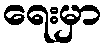
ရေးမှာ